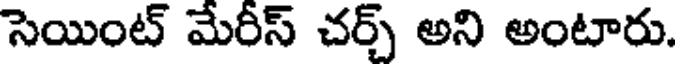
సెయింట్ మేరీస్ చర్చ్ అని అంటారు.